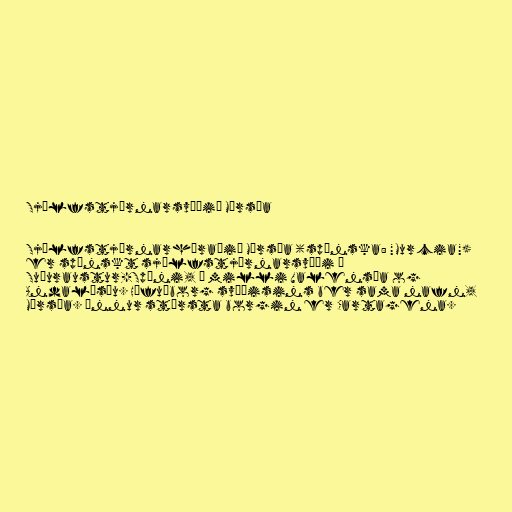
Sjálfstjórnarsvæðið Múrsía

Sjálfstjórnarhéraðið Múrsía (spænska: "Murcia")
er spænskt sjálfstjórnarsvæði á
Suðuraustur-Spáni, á milli Valensía og
Andalúsíu. Höfuðborg svæðisins ber sama nafn,
Múrsía. Önnur stærsta borgin er Cartagena.